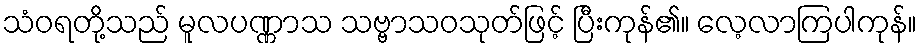
သံဝရတို့သည် မူလပဏ္ဏာသ သဗ္ဗာသဝသုတ်ဖြင့် ပြီးကုန်၏။ လေ့လာကြပါကုန်။